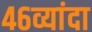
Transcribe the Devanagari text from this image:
४६व्यांदा